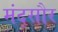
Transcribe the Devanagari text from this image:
मंद्सौर